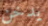
يدخن